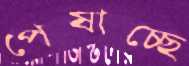
পেষাচ্ছে